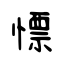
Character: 慓